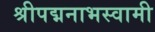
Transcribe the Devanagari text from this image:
श्रीपद्मनाभस्वामी